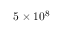
5 \times 1 0 ^ { 8 }